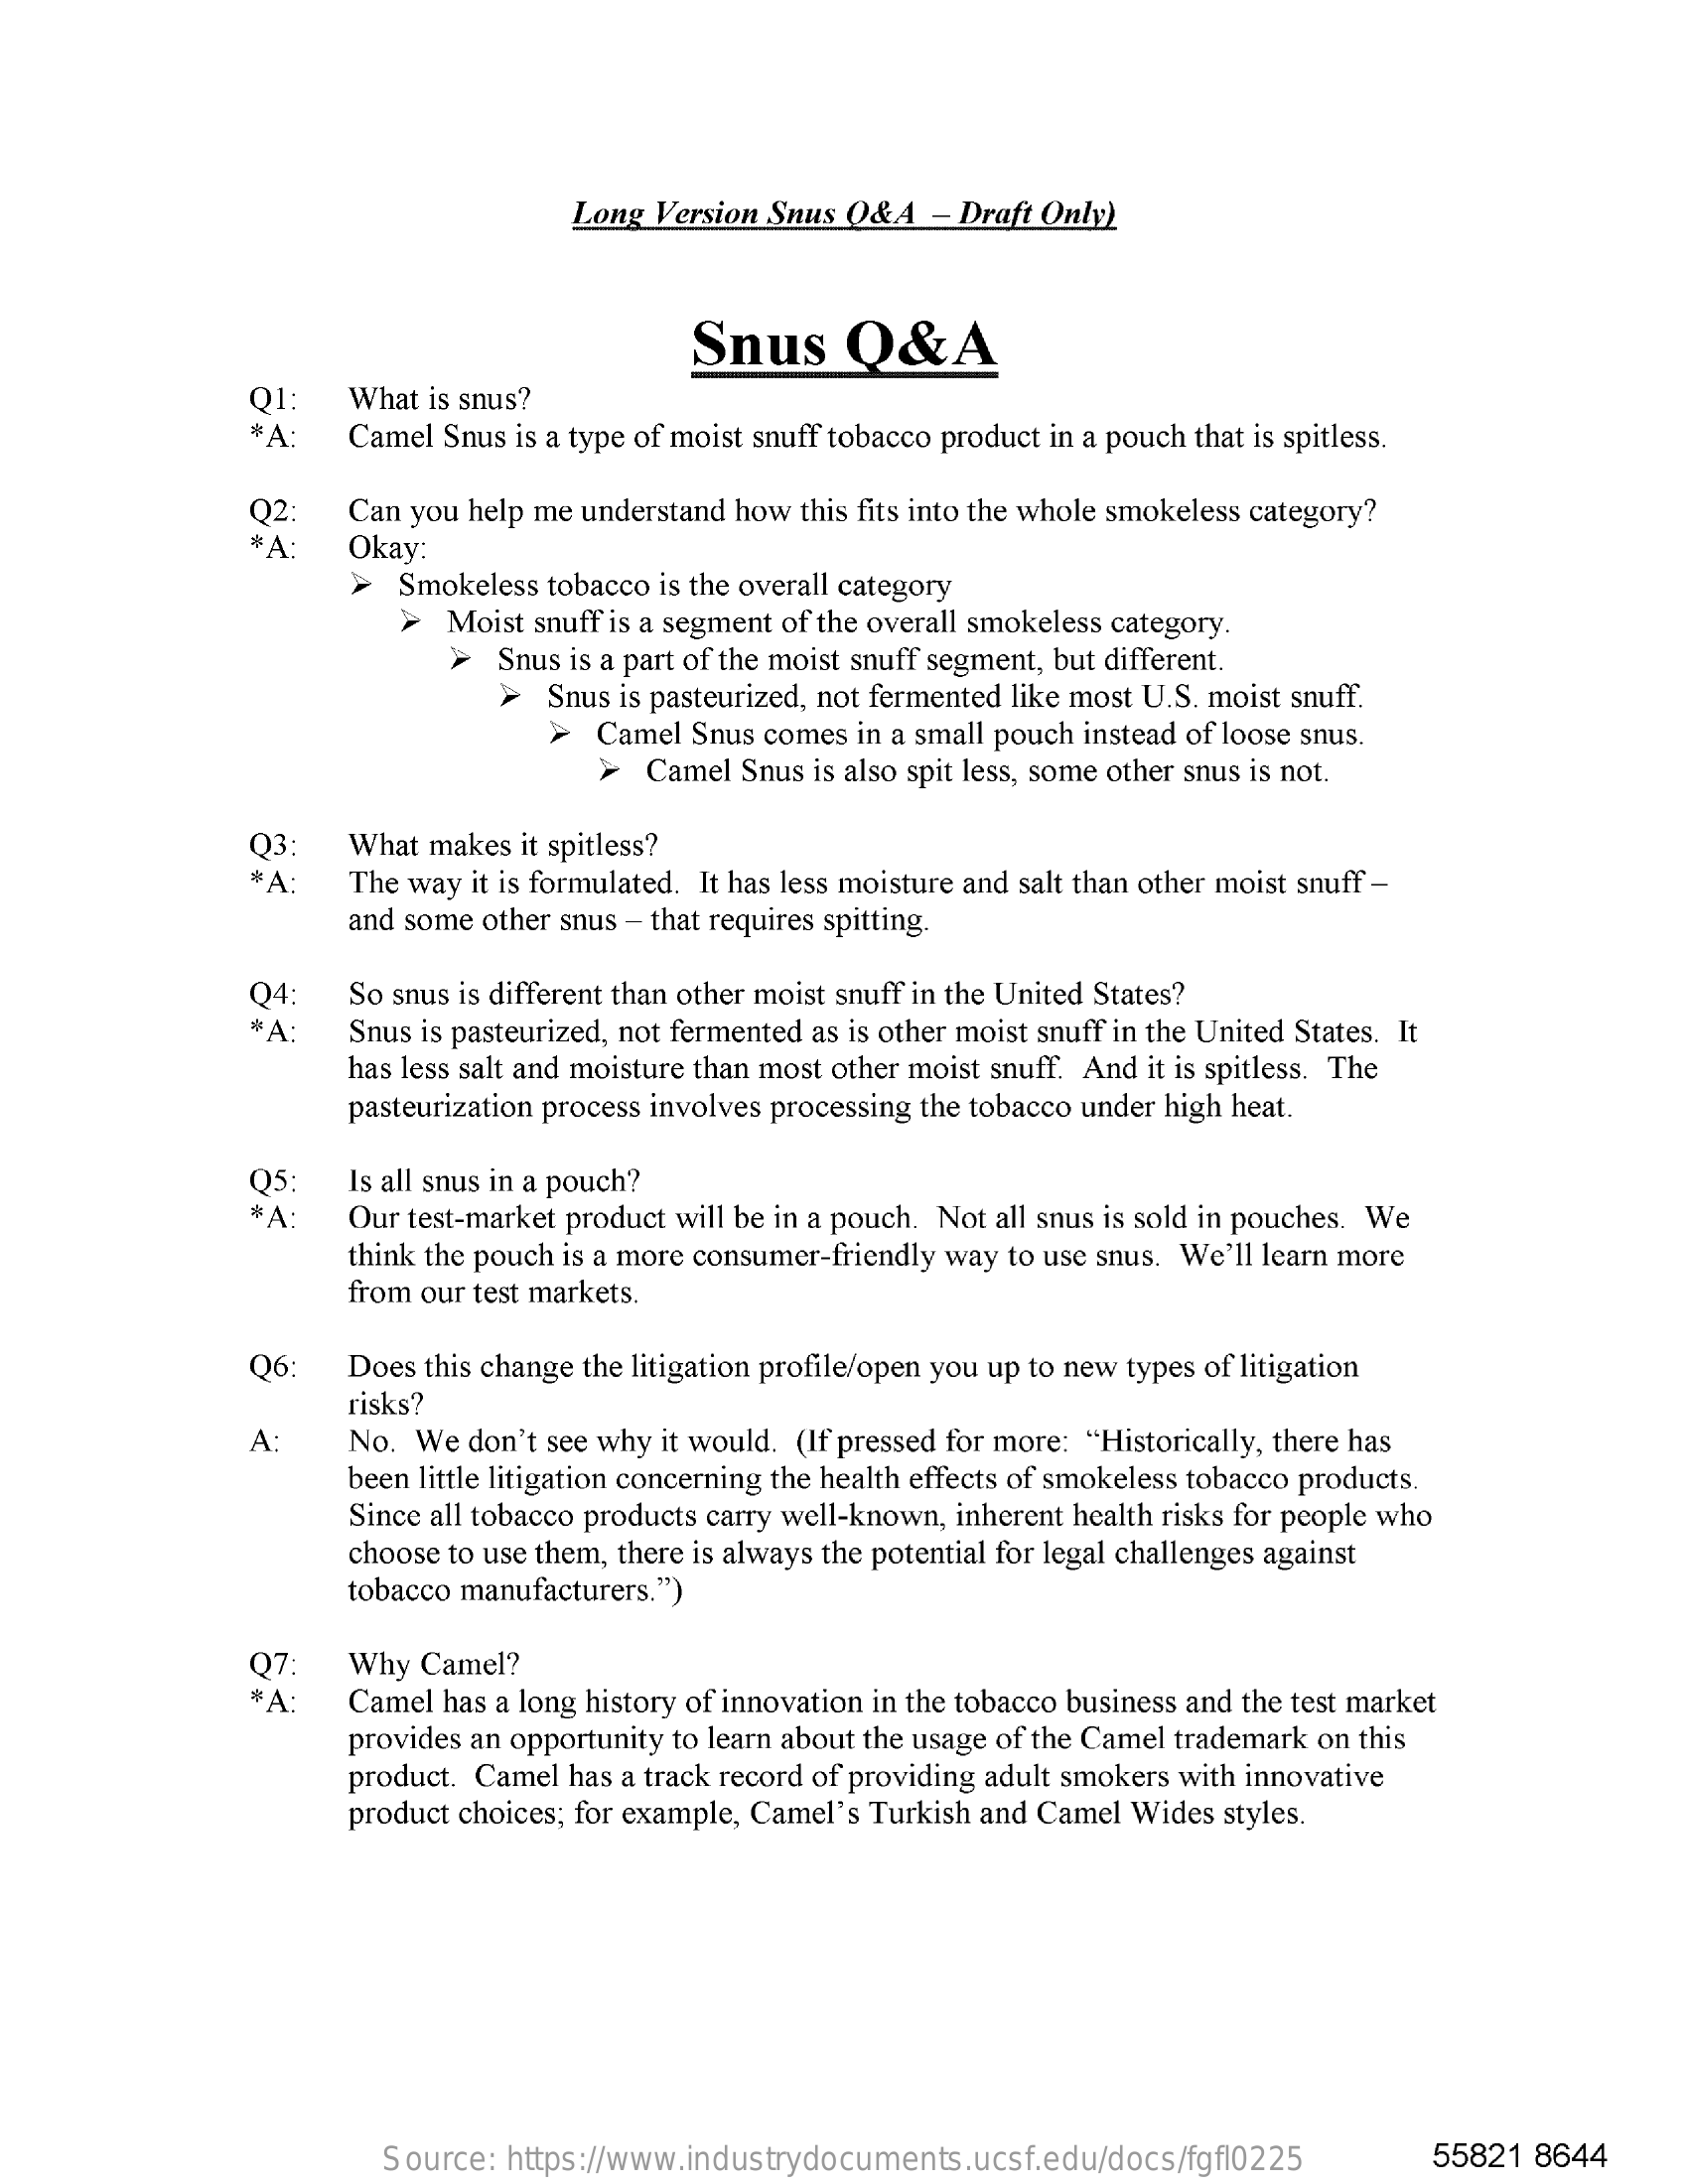
Long  Version Snus Q&A  - Draft Only)
     Snus    Q&A
     What is snus?
     *A:   Camel Snus is a type of moist snuff tobacco product in a pouch that is spitless.
     02    Can you help me understand how this fits into the whole smokeless category?
     # A:  Okay:
     >  Smokeless tobacco is the overall category
     Moist snuff is a segment of the overall smokeless category.
     >  Snus is a part of the moist snuff segment, but different.
     >  Snus is pasteurized, not fermented like most U.S. moist snuff.
     > Camel  Snus comes in a small pouch instead of loose snus.
     >  Camel Snus is also spit less, some other snus is not.
     Q3:    What makes it spitless?
     * A:  The way it is formulated. It has less moisture and salt than other moist snuff -
     and some other snus - that requires spitting.
     04:    So snus is different than other moist snuff in the United States?
     *A:    Snus is pasteurized, not fermented as is other moist snuff in the United States. It
     has less salt and moisture than most other moist snuff. And it is spitless. The
     pasteurization process involves processing the tobacco under high heat.
     Q5:
     *A:
     Is all snus in a pouch?
     Our test-market product will be in a pouch. Not all snus is sold in pouches. We
     think the pouch is a more consumer-friendly way to use snus. We'll learn more
     from our test markets.
     Q6    Does this change the litigation profile/open you up to new types of litigation
     risks?
     A:    No. We  don't see why it would. (If pressed for more: "Historically, there has
     been little litigation concerning the health effects of smokeless tobacco products.
     Since all tobacco products carry well-known, inherent health risks for people who
     choose to use them, there is always the potential for legal challenges against
     tobacco manufacturers.")
     Q7:    Why  Camel?
     # A   Camel has a long history of innovation in the tobacco business and the test market
     provides an opportunity to learn about the usage of the Camel trademark on this
     product. Camel has a track record of providing adult smokers with innovative
     product choices; for example, Camel's Turkish and Camel Wides styles.
     Source: https://www.industrydocuments.ucsf.edu/docs/fgfl0225    55821 8644